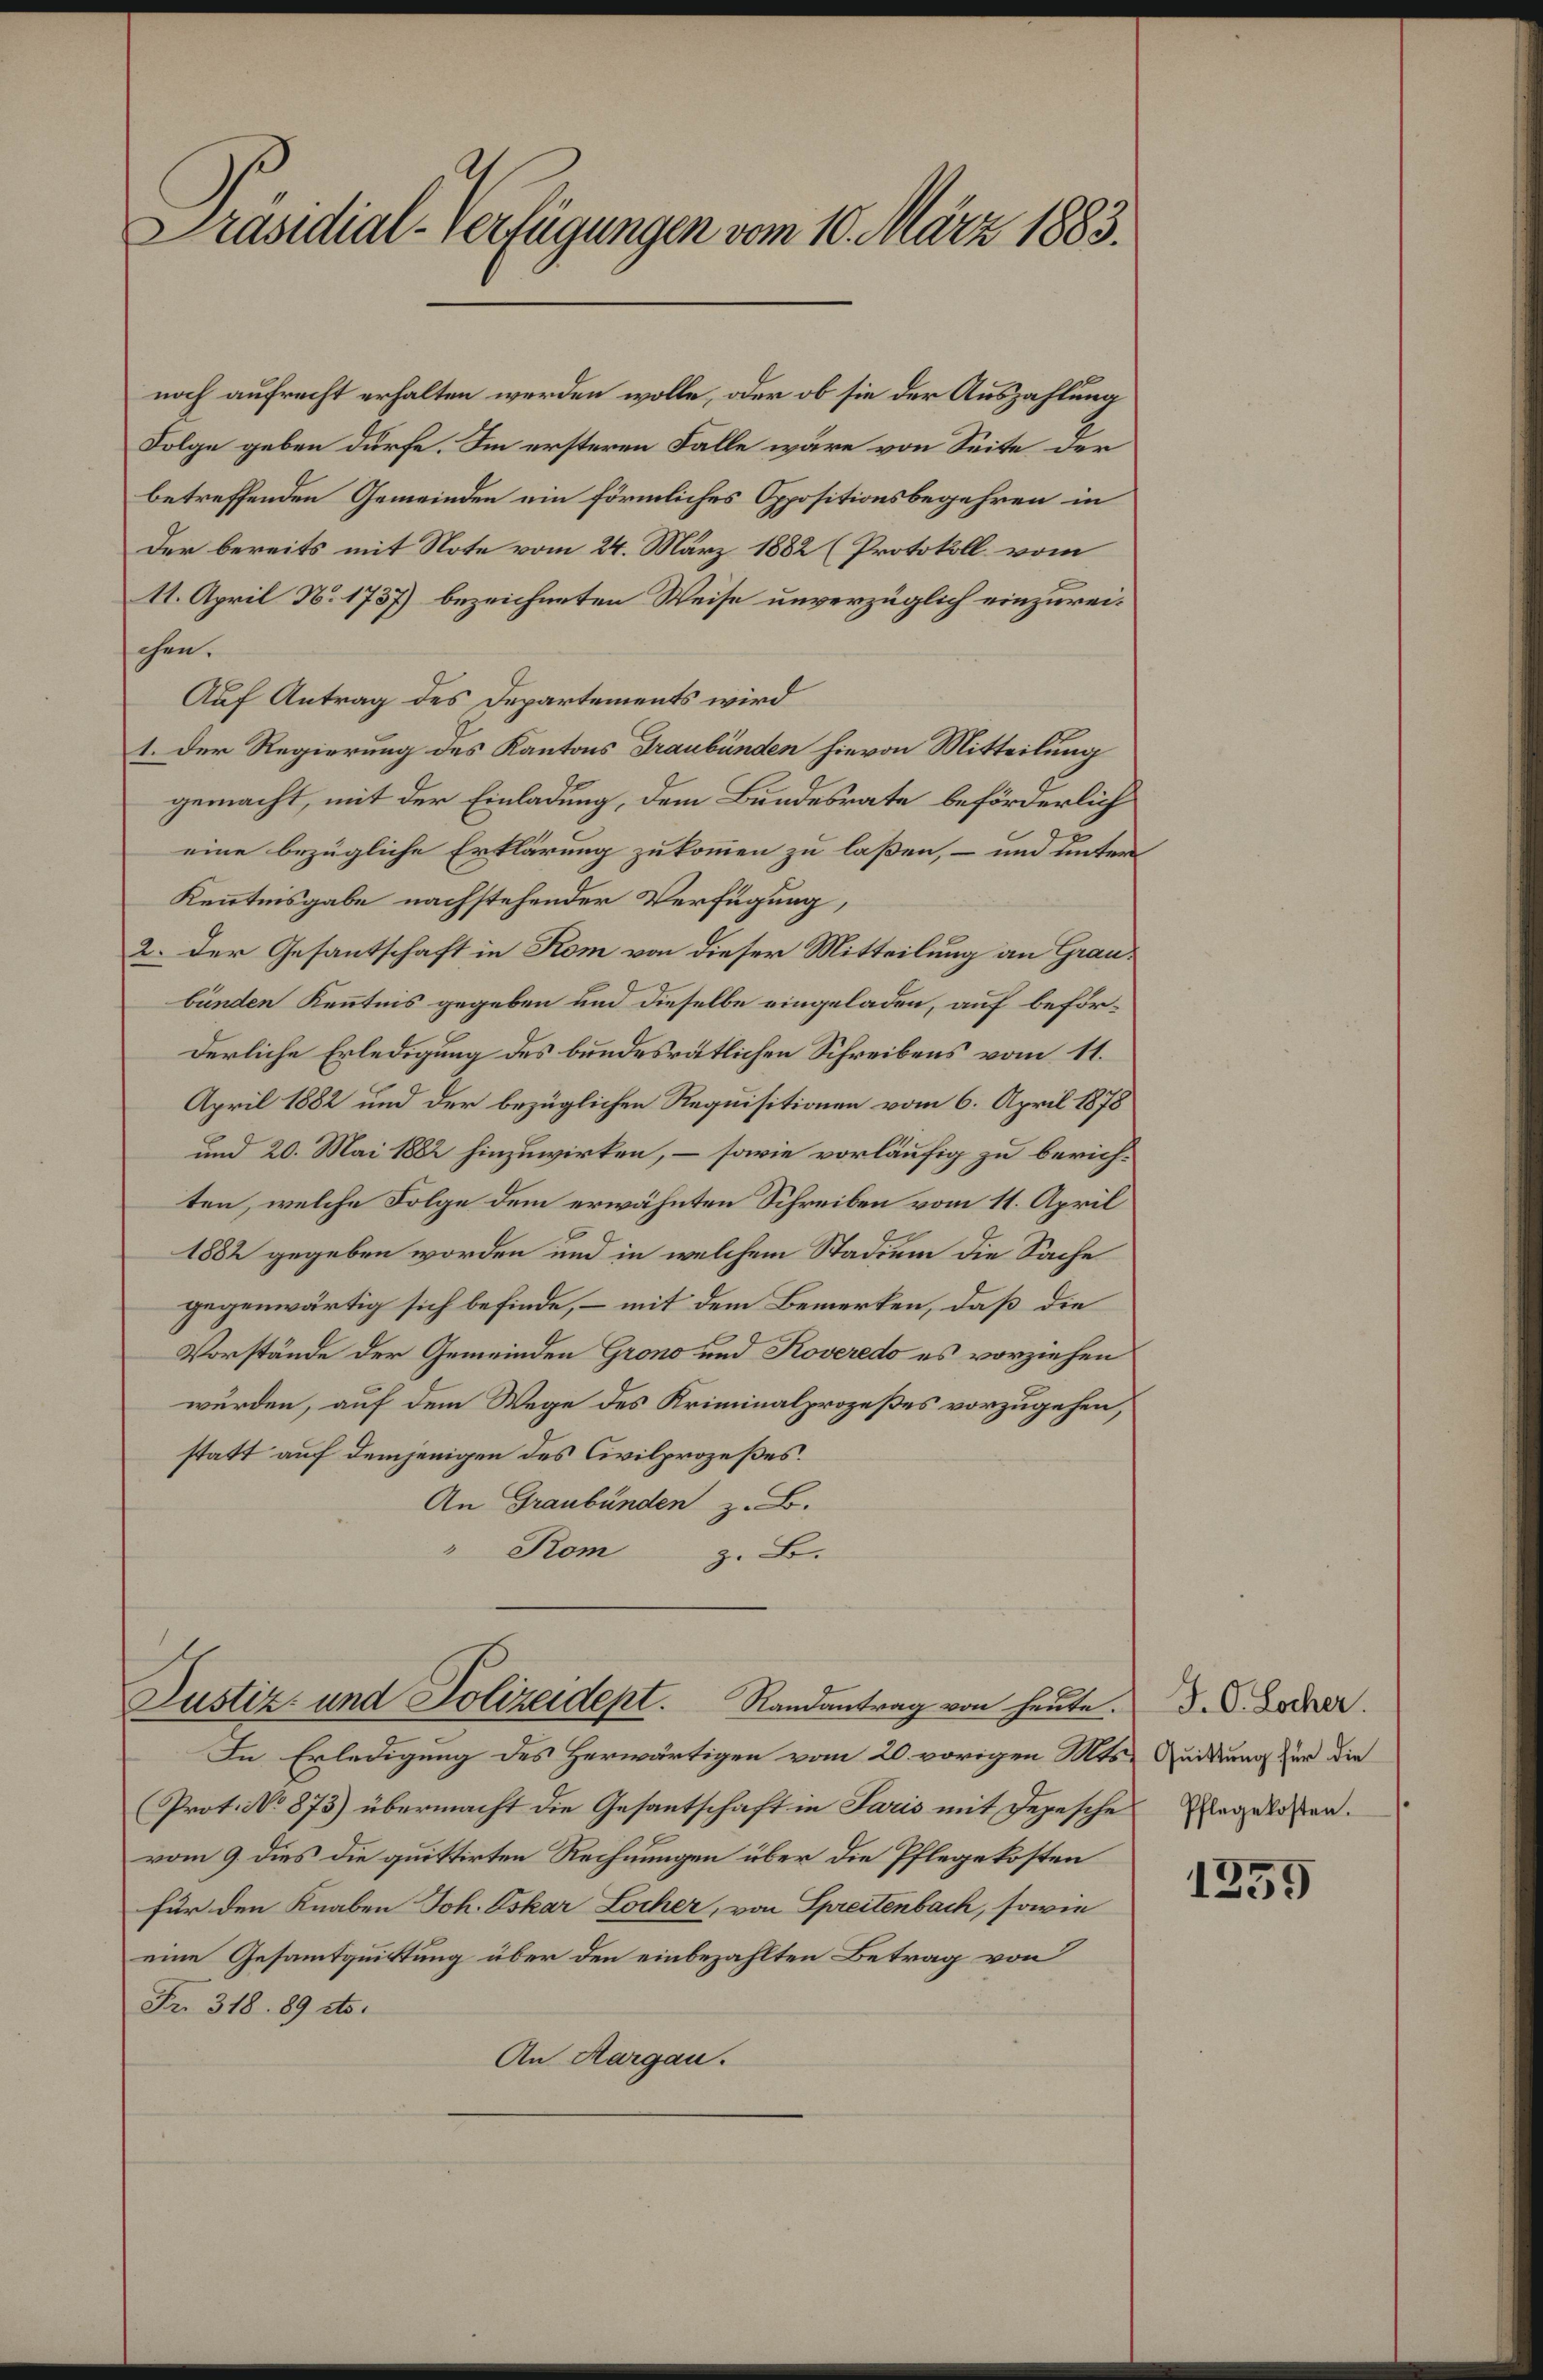
Präsidial-Verfügungen vom 10. März 1883.

noch aufrecht erhalten werden wolle, oder ob sie der Auszahlung
Folge geben dürfe. Im ersteren Falle wäre von Seite der
betreffenden Gemeinden ein förmliches Oppositionsbegehren in
Der bereits mit Note vom 24. März 1882 (Protokoll vom
11. April N. 1737) bezeichneten Weise unverzüglich einzureichen.
Auf Antrag des Departements wird
1. Der Regierung des Kantons Graubünden hievon Mitteilung
gemacht, mit der Einladung, dem Bundesrate beförderlich
eine bezügliche Erklärung zukommen zu laßen, – und unter
Kenntnisgabe nachstehender Verfügung,
2. Der Gesantschaft in Kom von dieser Mitteilung an Graubünden Kenntnis gegeben und dieselbe eingeladen, auf beförderliche Erledigung des bundesrätlichen Schreibens vom 11.
April 1882 und der bezüglichen Requisitionen vom 6. April 1878
und 20. Mai 1882 hinzuwirken, – sowie vorläufig zu berichten, welche Folge dem erwähnten Schreiben vom 11. April
1882 gegeben worden und in welchem Stadium die Sache
gegenwärtig sich befinde, – mit dem Bemerken, daß die
Vorstände der Gemeinden Grono und Koveredo es vorziehen
wurden, auf dem Wege des Kriminalprozeßes vorzugehen,
statt auf demjenigen des Civilprozeßes.
An Graubünden z. B.
" Kom
z. B.
Justiz- und Polizeidept. Randantrag von heute.
In Erledigung des Herwärtigen vom 20. vorigen Mts. Quitung zur die
Prot. No 873) übermacht die Gesantschaft in Paris mit Depesche Angelaßen.
vom 9. dies die quittirten Rechnungen über die Pflegekosten
für den Knaben Joh. Oskar Locher, von Spreitenbach, sowie
eine Gesamtquittung über den einbezahlten Betrag von
Fr. 318. 89 cts.
An Aargau.

J. C. Locher.

1259